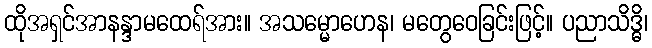
ထိုအရှင်အာနန္ဒာမထေရ်အား။ အသမ္မောဟေန၊ မတွေဝေခြင်းဖြင့်။ ပညာသိဒ္ဓိ၊